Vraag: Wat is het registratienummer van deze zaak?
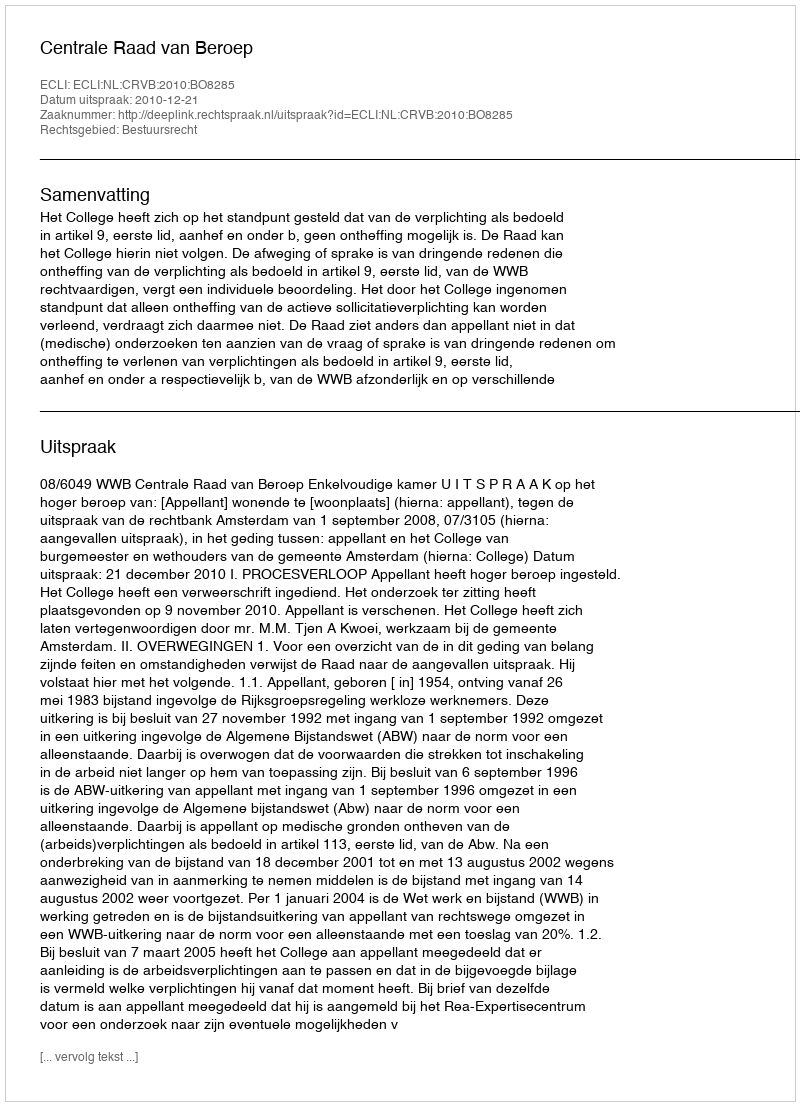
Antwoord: http://deeplink.rechtspraak.nl/uitspraak?id=ECLI:NL:CRVB:2010:BO8285